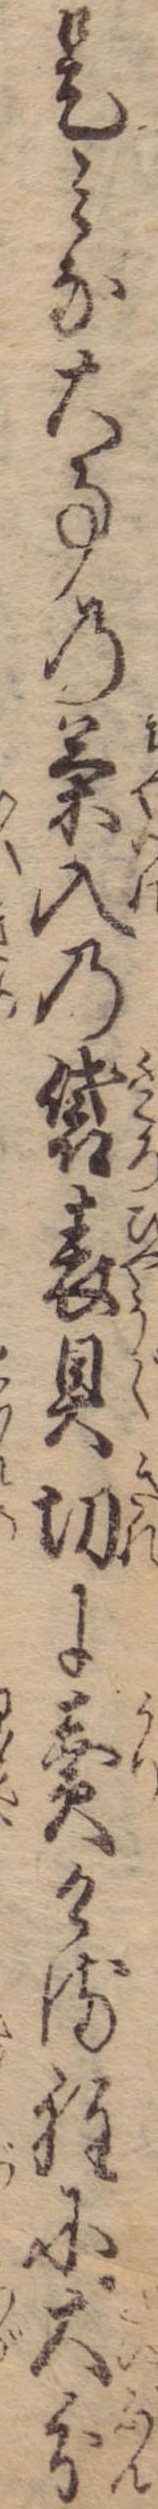
是みな大事の茶入の袋表具切に売ける程に大分